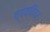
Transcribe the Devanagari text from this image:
व्यक्तिवर